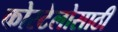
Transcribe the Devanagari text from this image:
कोस्टेलोसाठी